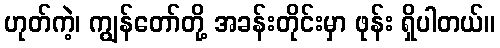
ဟုတ်ကဲ့၊ ကျွန်တော်တို့ အခန်းတိုင်းမှာ ဖုန်း ရှိပါတယ်။